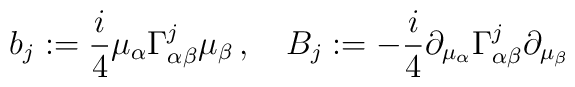
b_j := \frac{i}{4} \mu_{\alpha} \Gamma^j_{\alpha \beta} \mu_{\beta}  \, , \quad B_j := - \frac{i}{4} \partial_{\mu_{\alpha}} \Gamma^j_{\alpha \beta} \partial_{\mu_{\beta}}